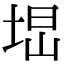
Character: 𡌕